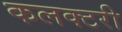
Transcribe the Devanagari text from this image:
कलक्‍टरी